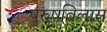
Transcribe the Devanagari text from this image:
पुरुषविलास